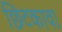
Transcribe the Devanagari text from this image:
छिटकावा